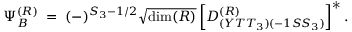
\Psi _ { B } ^ { ( \cal R ) } \; = \; ( - ) ^ { S _ { 3 } - 1 / 2 } \sqrt { \mathrm { d i m } ( \cal R ) } \left[ D _ { ( Y T T _ { 3 } ) ( - 1 S S _ { 3 } ) } ^ { ( \cal R ) } \right] ^ { * } .